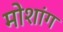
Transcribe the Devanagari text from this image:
मोशांग